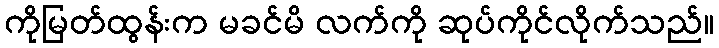
ကိုမြတ်ထွန်းက မခင်မိ လက်ကို ဆုပ်ကိုင်လိုက်သည်။